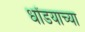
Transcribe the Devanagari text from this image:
धोंडयाच्या